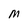
Character: M